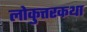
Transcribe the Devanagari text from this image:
लोकुत्तरकथा